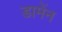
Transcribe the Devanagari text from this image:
डामेंन